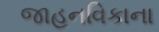
જાહનવિકાના